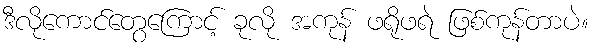
ဒီလိုကောင်တွေကြောင့် ခုလို အကုန် ဖရိုဖရဲ ဖြစ်ကုန်တာပဲ။